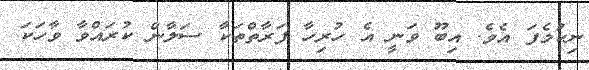
ނިކުމެފަ އެވެ. އިބޫ ވަނީ އެ ހުރިހާ ފަރާތްތަކާ ސަލާން ކުރައްވާ ވާހަކަ